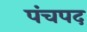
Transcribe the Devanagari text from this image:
पंचपद